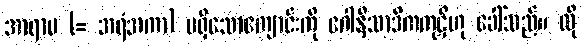
အာရာမ (= အရံအကာ) မရှိသောကျောင်းကို ဂေါနိသာဒိကကုဋိဟု ခေါ်သည်။ ထို